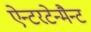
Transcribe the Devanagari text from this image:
ऐन्टरटेन्मैन्ट